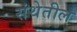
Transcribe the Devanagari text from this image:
संथेतील